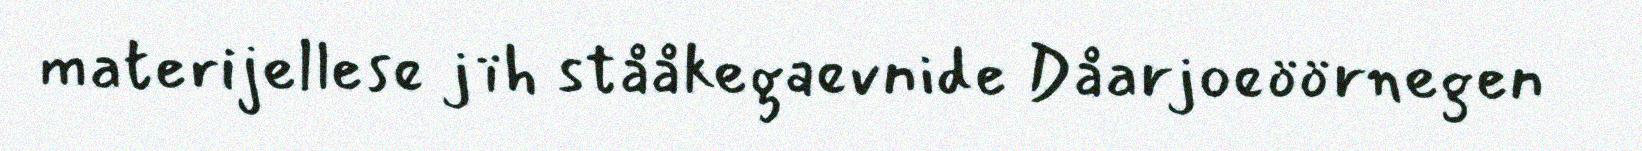
materijellese jïh stååkegaevnide Dåarjoeöörnegen